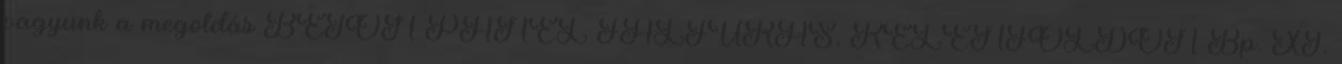
vagyunk a megoldás BETON PANEL FALFÚRÁS, KELENFÖLDÖN Bp. XI.